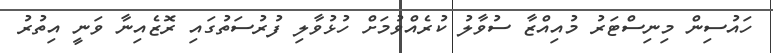
ހައުސިން މިނިސްޓަރު މުއިއްޒާ ސުވާލު ކުރެއްވުމަށް ހުޅުވާލި ފުރުސަތުގައި ރޮޒެއިނާ ވަނީ އިތުރު